Vital statistics of India. Vol. IV, Annual returns from 1871 to 1876. British Army of India, Native Army and jails of Bengal
Year: 1871
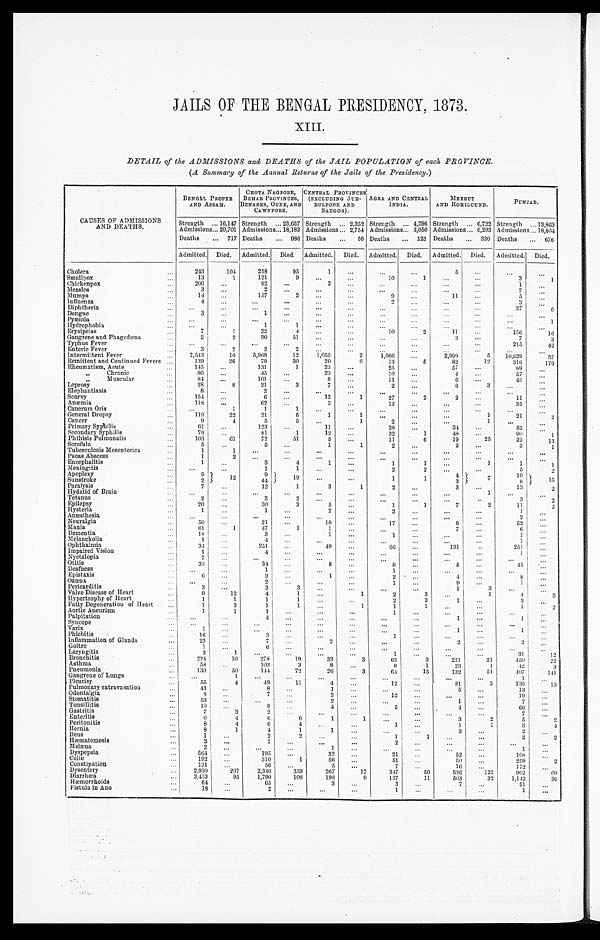
JAILS OF THE BENGAL PRESIDENCY, 1873.
XIII.
DETAIL of the ADMISSIONS and DEATHS of the JAIL POPULATION of each PROVINCE.
(A Summary of the Annual Returns of the Jails of the Presidency.)
CAUSES OF ADMISSIONS AND DEATHS.
BENGAL PROPER
AND ASSAM.
CHOTA NAGPORE,
BEHAR PROVINCES,
BENARES, OUDE, AND
CAWNPORE.
CENTRAL PROVINCES'
(EXCLUDING JUB-
BULPORE AND
SAUGOR).
AGRA AND CENTRAL
INDIA.
MEERUT
AND ROHILCUND.
PUNJAB.
Strength . . .16,147 Strength . . . 23,657 Strength . . . 2,352 Strength . . . 4,296 Strength . . . 6,722 Strength . . . 13,863
Admissions . . . 20,701 Admissions . . . 18,183 Admissions . . . 2,754 Admissions . . . 3,050 Admissions . . . 6,293 Admissions . . . 18,854
Deaths . . . 717 Deaths . . . 986 Deaths . . . 56 Deaths . . . 123 Deaths . . . 330 Deaths . . . 676
Admitted. Died. Admitted. Died. Admitted. Died. Admitted. Died. Admitted. Died. Admitted. Died.
Cholera . . .
243
104
218
95
1
. . .
. . .
. . .
5
. . .
. . .
. . .
Smallpox . . .
13
1
121
9
. . .
. . .
10
1
. . .
. . .
3
1
Chickenpox . . .
200
. . .
92
. . .
3
. . .
. . .
. . .
. . .
. . .
1
. . .
Measles . . .
3
. . .
2
. . .
. . .
. . .
. . .
. . .
. . .
. . .
7
. . .
Mumps . . .
14
. . .
157
2
. . .
. . .
9. . .
. . .
11
. . .
5
. . .
Influenza . . .
4
. . .
. . .
. . .
. . .
. . .
2
. . .
. . .
. . .
3
. . .
Diphtheria . . .
. . .
. . .
. . .
. . .
. . .
. . .
. . .
. . .
. . .
. . .
37
6
Dengue . . .
3
. . .
1
. . .
. . .
. . .
. . .
. . .
. . .
. . .
. . .
. . .
Pyæmia . . .
. . .
. . .
. . .
. . .
. . .
. . .
. . .
. . .
. . .
. . .
. . .
1
Hydrophobia . . .
. . .
. . .
1
1
. . .
. . .
. . .
. . .
. . .
. . .
. . .
. . .
Erysipelas . . .
7
1
22
4
. . .
. . .
10
2
11
. . .
156
1 6
Gangrene and Phagedæna . . .
2
2
90
51 . . .
. . .
. . .
. . .
3
. . .
7
3
Typhus Fever . . .
. . .
. . .
. . .
. . .
. . .
. . .
. . .
. . .
. . .
. . .
215
42
Enteric Fever . . .
3
2
2
2
. . .
. . .
. . .
. . .
. . .
. . .
. . .
. . .
Intermittent Fever . . .
7,543
10
5,968
12
1,055
2
1,066
. . .
2,999
5 10,629
37
Remittent and Continued Fevers . . .
139
26
79
30
20
6
13
6
82
12
316
176
Rheumatism, Acute . . .
145
. . .
131
1
23
. . .
25
. . .
57
. . .
89
. . .
" Chronic . . .
80
. . .
45
. . .
23
. . .
10
. . .
4
. . .
57
. . .
" M u s c u l a r
. . .
84
. . .
101
. . .
8
. . .
11
. . .
6
. . .
46
. . .
Leprosy . . .
28
8
21
3
7
. . .
2
. . .
6
3
. . .
. . .
Elephantiasis . . .
8
. . .
2
. . .
. . .
. . .
. . .
. . .
. . .
. . .
. . .
. . .
Scurvy . . .
154
. . .
6
. . .
12
1
27
2
2
. . .
11
. . .
Anæmia . . .
118
. . .
62
. . .
3
. . .
12
. . .
. . .
. . .
35
. . .
Cancrum Oris . . .
. . .
1
1
1
. . .
. . .
. . .
. . .
. . .
. . .
. . .
. . .
General Dropsy . . .
119
22
21
5
1
1
. . .
. . .
. . .
1
21
2
Cancer . . .
9
4
5
5
. . .
1
2
. . .
. . .
1
. . .
. . .
Primary Syphilis . . .
6 1
. . .
123
. . .
11
. . .
28
. . .
34
. . .
52
. . .
Secondary Syphilis . . .
79
. . .
81
1
12
. . .
32
1
48
. . .
90
. . .
Phthisis Pulmonalis . . .
103
61
72
51
5
. . .
11
6
19
25
22
13
Scrofula . . .
5
. . .
5
. . .
1
1
2
. . .
2
. . .
3
1
Tuberculosis Mesentorica . . .
1
1
. . .
. . .
. . .
. . .
. . .
. . .
. . .
. . .
. . .
. . .
Psoas Abscess . . .
1
2
. . .
. . .
. . .
. . .
. . .
. . .
. . .
. . .
. . .
. . .
Encephalitis . . .
1
. . .
3
4
1
. . .
1
1
. . .
1
1
1
Meningitis . . .
. . .
. . .
1
1
. . .
. . .
2
2
. . .
. . .
5
2
Apoplexy . . .
9
12
9
19
. . .
. . .
1
1
4
7
10
1 5
Sunstroke . . .
2
44
. . .
. . .
1
1
3
8
Paralysis . . .
7
. . .
12
1
3
1
2
. . .
3
. . .
13
2
Hydatid of Brain . . .
. . .
. . .
. . .
. . .
. . .
. . .
. . .
. . .
. . .
1
. . .
. . .
Tetanus. . .
2
. . .
3
2
. . .
. . .
. . .
. . .
. . .
. . .
3
2
Epilepsy . . .
20
. . .
30
3
5
. . .
1
1
7
2
11
2
Hysteria . . .
1 . . .
1
. . .
2
. . .
2
. . .
. . .
. . .
1
. . .
Anæsthesia. . .
. . .
. . .
. . .
. . .
. . .
. . .
. . .
. . .
. . .
. . .
2
. . .
Neuralgia . . .
50
. . .
21
. . .
10
. . .
17
. . .
8
. . .
52
. . .
Mania. . .
6 1
1
47
1
1
. . .
. . .
. . .
7
. . .
6
. . .
Dementia . . .
1 8
. . .
3
. . .
1
. . .
1
. . .
. . .
. . .
1
. . .
Melancholia . . .
1
. . .
4
. . .
. . .
. . .
. . .
. . .
. . .
. . .
1
. . .
Ophthalmia . . .
34
. . .
251
. . .
4 9
. . .
6 6
. . .
131
. . .
251
. . .
Impaired Vision . . .
1
. . .
4
. . .
. . .
. . .
. . .
. . .
. . .
. . .
1
. . .
Nyetalopia . . .
7
. . .
. . .
. . .
. . .
. . .
. . .
. . .
. . .
. . .
. . .
. . .
Otitis . . .
33
. . .
34
. . .
8
. . .
8
. . .
5
. . .
45
. . .
Deafness . . .
. . .
. . .
1
. . .
. . .
. . .
1
. . .
. . .
. . .
. . .
. . .
Epistaxis . . .
6
. . .
3
. . .
1
. . .
2
. . .
4
. . .
8
. . .
Ozœna. . .
. . .
. . .
2
. . .
. . .
. . .
1
. . .
9
. . .
1
. . .
Pericarditis . . .
3
. . .
3
3
. . .
. . .
. . .
. . .
1
. . .
. . .
. . .
Valve Disease of Heart . . .
9
12
4
1
. . .
1
2
3
. . .
. . .
4
3
Hypertrophy of Heart . . .
1
1
1
1
. . .
. . .
2
3
1
. . .
3
. . .
Fatty Degeneration of Heart
. . .
1
3
1
1
. . .
1
1
1
. . .
. . .
1
2
Aortic Aneurism
. . .
1
1
1
. . .
. . .
. . .
1
. . .
. . .
. . .
. . .
. . .
Palpitation . . .
. . .
. . .
4
. . .
. . .
. . .
. . .
. . .
1
. . .
1
. . .
Sy ncope . . .
. . .
. . .
. . .
. . .
. . .
. . .
. . .
. . .
. . .
. . .
. . .
. . .
Varix . . .
1
. . .
. . .
. . .
. . . . . .
. . .
. . .
1
. . .
1
. . .
Phlebitis . . .
16
. . .
3
. . .
. . .
. . .
1 . . .
. . .
. . .
. . .
. . .
. . .
Inflammation of Glands . . .
23 . . .
7
. . .
2
. . .
. . .
. . .
2
. . .
2
. . .
Goitre . . .
1
. . .
6
. . .
. . .
. . .
. . .
. . .
. . .
. . .
. . .
. . .
Laryngitis . . .
3
1
. . .
. . .
. . .
. . .
1
. . . . . .
. . .
. . .
31
12
Bronchitis . . .
224
10
278
19
33
3
63
3
221
21
450
2 2
Asthma . . .
58
. . .
103
3
8
. . .
9
1
23
1
.42
3
Pneumonia . . .
130
50
144
72
26
3
64
15
132
51
4 0 7
1 4 1
Gangrene of Lungs . . .
. . .
1
. . .
. . .
. . .
. . .
. . .
. . .
. . .
. . .
1
. . .
Pleurisy . . .
55
4
4 9
11
4
. . .
12
. . .
31
3
135
13
Pulmonary extravasation . . .
43
. . .
8
. . .
1
. . .
. . .
. . .
5
. . .
13
. . .
Odontalgia . . .
8
. . .
7
. . .
2
. . .
1 2
. . .
. . .
. . .
1 9
. . .
Stomatitis . . .
53
. . .
. . .
. . .
2
. . .
. . .
. . .
1 . . .
. . .
7
. . .
Tonsillitis . . .
10
. . .
9
. . .
4
. . .
5
. . .
4
. . .
66
. . .
Gastritis . . .
7
3
2
. . .
. . .
. . .
. . .
. . . . . .
. . .
7
. . .
Enteritis . . .
6
4
6
6
1
1
. . .
. . .
3
2
5
2
Peritonitis. . .
8
4
6
4
. . .
. . .
1
. . .
1
1
3
4
Hernia . . .
8
1
4
1
1
. . .
. . .
. . .
3
. . .
2
. . .
Ileus . . .
1
. . .
2
2
. . .
. . .
1
1
. . .
. . .
2
2
Hæmatemesis. . .
3
. . .
1
. . .
. . .
. . .
2
. . .
. . .
. . .
. . .
. . .
Melæna . . .
2
. . .
. . .
. . .
1
. . .
. . .
. . .
. . .
. . .
1
. . .
Dyspepsia . . .
564
. . .
195
. . .
32
. . .
21
. . .
52
. . .
108
. . .
Colic . . .
192
. . .
310
1
56
. . .
51
. . .
50
. . .
259
2
Constipation . . .
131
. . .
56
. . .
5
. . .
7
. . .
16
. . .
172
. . .
Dysentery . . .
2,,930
207
2,340
359
267
17
347
50
536
122
992
69
Diarrhœa . . .
3,453
95
1,790
108
198
9
127
11
503
32
1,1.12
36
Hemorrhoids . . .
64
. . .
65
. . .
3
. . .
3
. . .
7
. . .
51
. . .
Fistula in Ano . . .
18
. . .
2
. . .
. . .
. . .
1
. . .
. . .
. . .
1
. . .